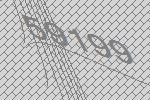
59199